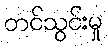
တင်သွင်းမှု